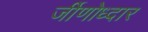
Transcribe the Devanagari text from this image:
र्जीणोध्दार